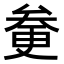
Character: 𠫿